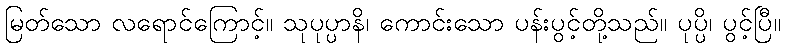
မြတ်သော လရောင်ကြောင့်။ သုပုပ္ပာနိ၊ ကောင်းသော ပန်းပွင့်တို့သည်။ ပုပ္ပိ၊ ပွင့်ပြီ။